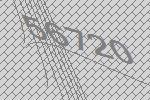
56720